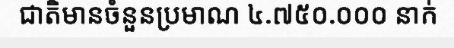
ជាតិមានចំនួនប្រមាណ ៤.៧៥០.០០០ នាក់